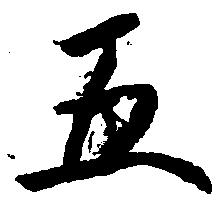
五